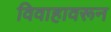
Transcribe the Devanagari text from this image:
विवाहावरून